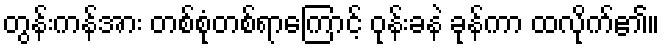
တွန်းကန်အား တစ်စုံတစ်ရာကြောင့် ဝုန်းခနဲ ခုန်ကာ ထလိုက်၏။